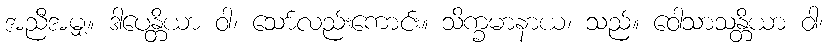
အညီအမျှ။ ဒါပေန္တိယာ ဝါ၊ သော်လည်းကောင်း။ သိက္ခမာနာယ၊ သည်။ ဝေါသာသန္တိယာ ဝါ၊